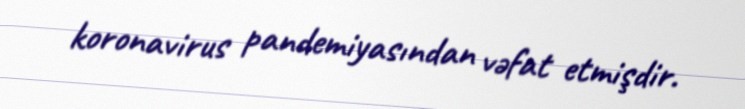
koronavirus pandemiyasından vəfat etmişdir.